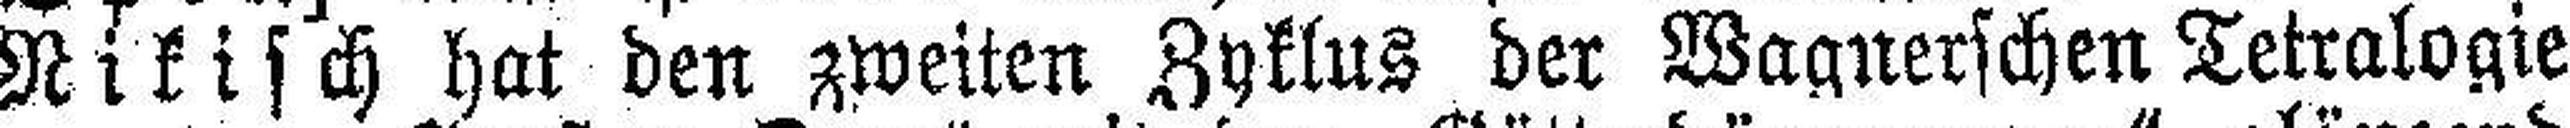
Nikisch hat den zweiten Zyklus der Wagnerschen Tetralogie